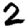
Digit: 2